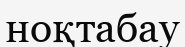
ноқтабау